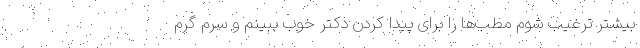
بیشتر ترغیب شوم مطب‌ها را برای پیدا کردن دکتر خوب ببینم و سرم گرم